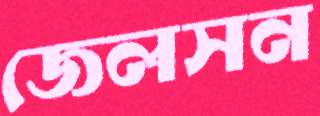
জেলসন